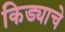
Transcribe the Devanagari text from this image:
किड्याचे